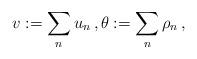
LaTeX: \begin{align*}v := \sum_n u_n \,,\theta := \sum_n \rho_n \,,\end{align*}